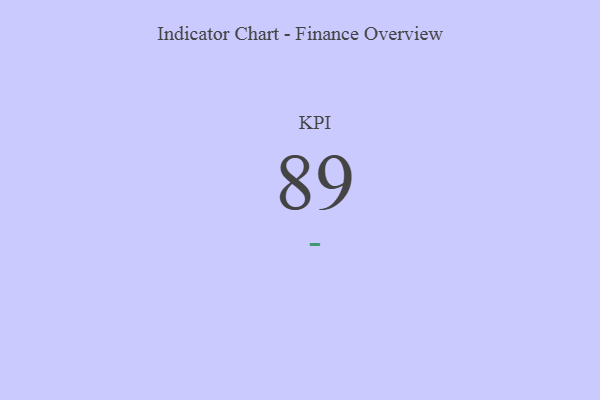
{"axis": {"x": "KPI", "y": "Value"}, "legend": [""], "data": [{"x": "KPI", "y": 89, "type": ""}]}